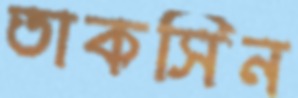
তাকসিন